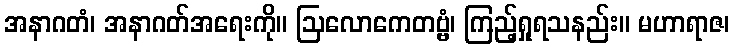
အနာဂတံ၊ အနာဂတ်အရေးကို။ ဩလောကေတဗ္ဗံ၊ ကြည့်ရှုရသနည်း။ မဟာရာဇ၊